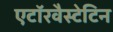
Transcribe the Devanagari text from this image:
एटॉरवैस्टेटिन